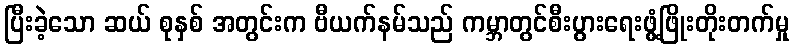
ပြီးခဲ့သော ဆယ် စုနှစ် အတွင်းက ဗီယက်နမ်သည် ကမ္ဘာတွင်စီးပွားရေးဖွံ့ဖြိုးတိုးတက်မှု